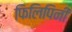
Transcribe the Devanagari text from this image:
फिलिपिनी